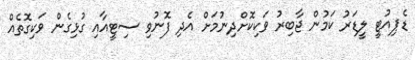
ޑެޕިއުޓީ ލީޑަރު ކަމުން ޖާބިރު ވަކިކޮށްދިނުމަށް އެދި ފޮނުވި ސިޓީއާއި ގުޅިގެން ވަކިގޮތެއް